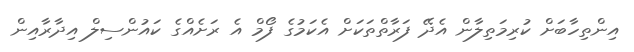
އިންތިހާބަށް ކުރިމަތިލާން އެދޭ ފަރާތްތަކަށް އެކަމުގެ ފޯމް އެ ރަށެއްގެ ކައުންސިލް އިދާރާއިން